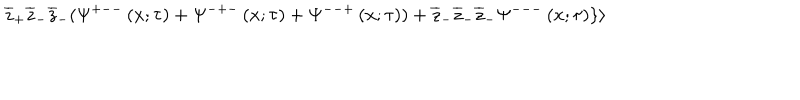
\overline { { { z } } } _ { + } \overline { { { z } } } _ { - } \overline { { { z } } } _ { - } ( \Psi ^ { + -- } \left( x ; \tau \right) + \Psi ^ { - + - } \left( x ; \tau \right) + \Psi ^ { -- + } \left( x ; \tau \right) ) + \overline { { { z } } } _ { - } \overline { { { z } } } _ { - } \overline { { { z } } } _ { - } \Psi ^ { --- } \left( x ; \tau \right) \} \rangle